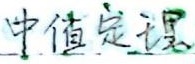
中值定理